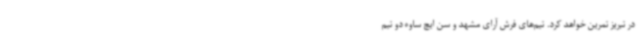
در تبریز تمرین خواهد کرد. تیم‌های فرش آرای مشهد و سن ایچ ساوه دو تیم